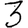
Digit: 3